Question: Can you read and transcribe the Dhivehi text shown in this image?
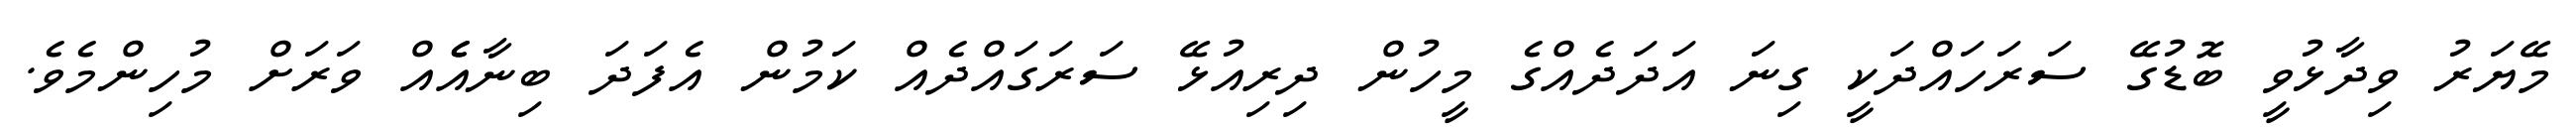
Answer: މޭޔަރު ވިދާޅުވީ ބޮޑުގޭ ސަރަހައްދަކީ ގިނަ އަދަދެއްގެ މީހުން ދިރިއުޅޭ ސަރަގައްދެއް ކަމުން އެފަދަ ބިނާއެެއް ވަރަށް މުހިންމެވެ.